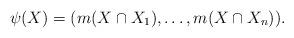
LaTeX: \begin{align*}\psi(X) = (m(X \cap X_1), \ldots, m(X \cap X_n)).\end{align*}